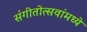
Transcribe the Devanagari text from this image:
संगीतोत्सवांमध्ये